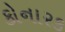
કોનારક